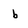
Character: b